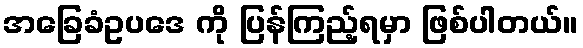
အခြေခံဥပဒေ ကို ပြန်ကြည့်ရမှာ ဖြစ်ပါတယ်။